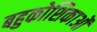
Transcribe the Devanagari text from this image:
बहुकोशिकाओं